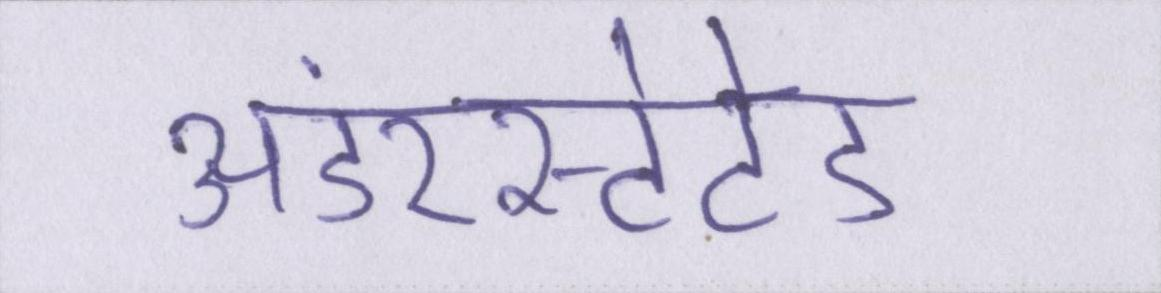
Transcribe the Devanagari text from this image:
अंडरस्टेटेड